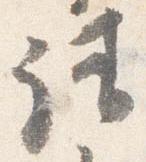
請